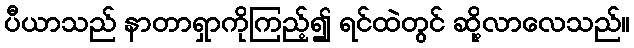
ပီယာသည် နာတာရှာကိုကြည့်၍ ရင်ထဲတွင် ဆို့လာလေသည်။